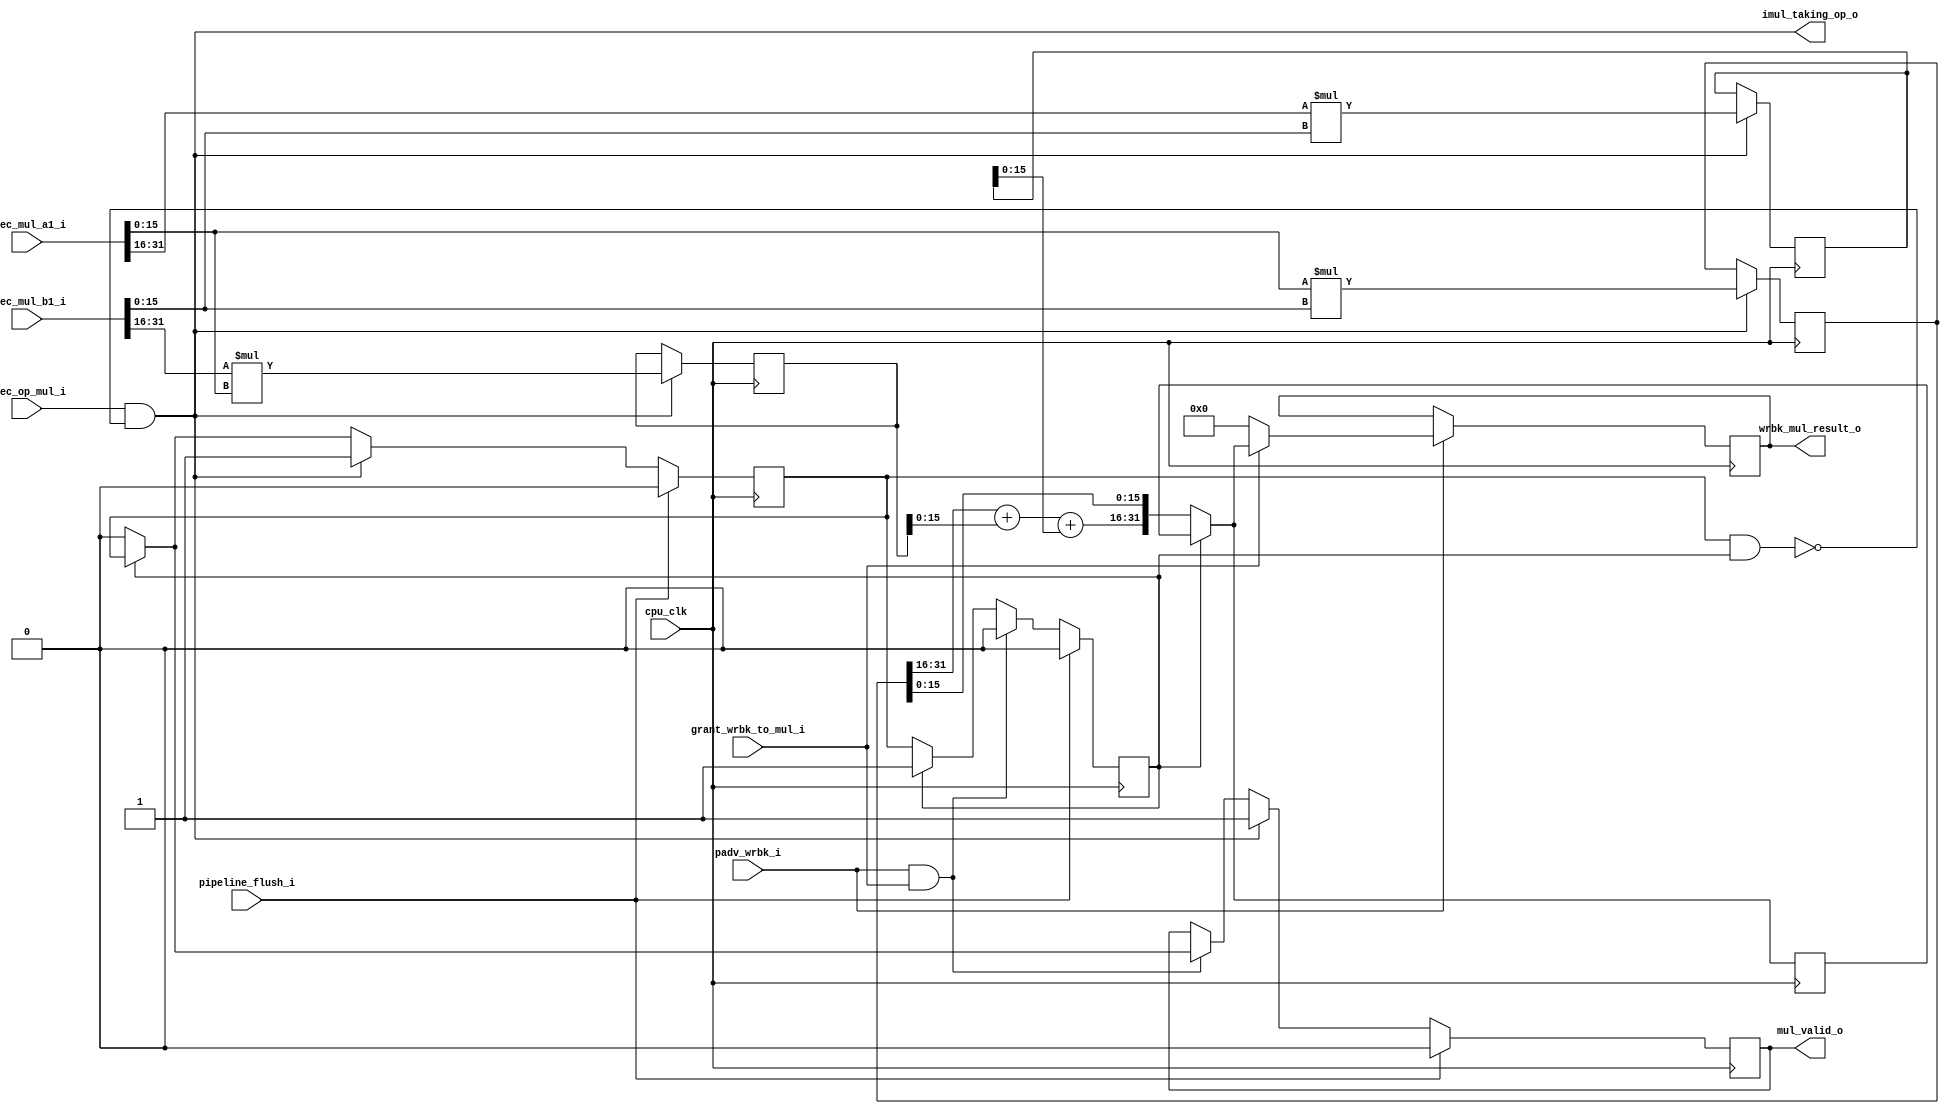
module or1k_marocchino_int_mul
#(
  parameter OPTION_OPERAND_WIDTH = 32
)
(
  // clocks and resets
  input                                 cpu_clk,

  // pipeline control signal in
  input                                 pipeline_flush_i,
  input                                 padv_wrbk_i,
  input                                 grant_wrbk_to_mul_i,

  // input operands from  reservation station
  input      [OPTION_OPERAND_WIDTH-1:0] exec_mul_a1_i,
  input      [OPTION_OPERAND_WIDTH-1:0] exec_mul_b1_i,

  //  other inputs/outputs
  input                                 exec_op_mul_i,
  output                                imul_taking_op_o,
  output reg                            mul_valid_o,
  output reg [OPTION_OPERAND_WIDTH-1:0] wrbk_mul_result_o
);

  localparam MULDW  = OPTION_OPERAND_WIDTH; // short name
  localparam MULHDW = (OPTION_OPERAND_WIDTH >> 1);

  // algorithm:
  //   AlBl[dw-1:0] = A[hdw-1:0] * B[hdw-1:0];
  //   AhBl[dw-1:0] = A[dw-1:hdw] * B[hdw-1:0];
  //   BhAl[dw-1:0] = B[dw-1:hdw] * A[hdw-1:0];
  //   Sum[dw-1:0]  = {BhAl[hdw-1:0],{hdw{0}}} +
  //                  {AhBl[hdw-1:0],{hdw{0}}} +
  //                  AlBl;

  // multiplier controls
  //  ## multiplier stage ready flags
  reg    mul_s1_rdy;
  reg    wrbk_mul_miss_r;
  //  ## stage busy signals
  wire   mul_s1_busy = mul_s1_rdy & wrbk_mul_miss_r;
  //  ## stage advance signals
  wire   mul_adv_s1  = exec_op_mul_i & ~mul_s1_busy;

  // integer multiplier is taking operands
  assign imul_taking_op_o = mul_adv_s1;


  // stage #1
  // --- split input operands ---
  wire [MULHDW-1:0] s1t_mul_al = exec_mul_a1_i[MULHDW-1:0];
  wire [MULHDW-1:0] s1t_mul_bl = exec_mul_b1_i[MULHDW-1:0];
  wire [MULHDW-1:0] s1t_mul_ah = exec_mul_a1_i[MULDW-1:MULHDW];
  wire [MULHDW-1:0] s1t_mul_bh = exec_mul_b1_i[MULDW-1:MULHDW];
  // --- output partial products ---
  reg  [MULDW-1:0] s1o_mul_albl;
  reg  [MULDW-1:0] s1o_mul_bhal;
  reg  [MULDW-1:0] s1o_mul_ahbl;
  //  registering
  always @(posedge cpu_clk) begin
    if (mul_adv_s1) begin
      s1o_mul_albl <= s1t_mul_al * s1t_mul_bl;
      s1o_mul_bhal <= s1t_mul_bh * s1t_mul_al;
      s1o_mul_ahbl <= s1t_mul_ah * s1t_mul_bl;
    end
  end // @clock
  //  ready flag
  always @(posedge cpu_clk) begin
    if (pipeline_flush_i)
      mul_s1_rdy <= 1'b0;
    else if (mul_adv_s1)
      mul_s1_rdy <= 1'b1;
    else if (~wrbk_mul_miss_r)
      mul_s1_rdy <= 1'b0;
  end // @clock
  //  valid flag
  always @(posedge cpu_clk) begin
    if (pipeline_flush_i)
      mul_valid_o <= 1'b0;
    else if (mul_adv_s1)
      mul_valid_o <= 1'b1;
    else if (padv_wrbk_i & grant_wrbk_to_mul_i)
      mul_valid_o <= wrbk_mul_miss_r ? mul_s1_rdy : 1'b0;
  end // @clock


  // stage #2:
  //  --- add partial products ---
  wire [MULHDW-1:0] s2t_mul_acc;
  assign s2t_mul_acc = s1o_mul_albl[MULDW-1:MULHDW] +
                       s1o_mul_bhal[MULHDW-1:0] +
                       s1o_mul_ahbl[MULHDW-1:0];
  //  --- combine whole result ---
  wire [MULDW-1:0] s2t_mul_result = {s2t_mul_acc, s1o_mul_albl[MULHDW-1:0]};


  // padv-wrbk decoupling
  //  ## Write-Back-miss flag
  always @(posedge cpu_clk) begin
    if (pipeline_flush_i)
      wrbk_mul_miss_r <= 1'b0;
    else if (padv_wrbk_i & grant_wrbk_to_mul_i)
      wrbk_mul_miss_r <= 1'b0;
    else if (~wrbk_mul_miss_r)
      wrbk_mul_miss_r <= mul_s1_rdy;
  end // @clock
  //  ## Write-Back-miss pending result
  reg [MULDW-1:0] mul_result_p;
  // ---
  always @(posedge cpu_clk) begin
    if (~wrbk_mul_miss_r)
      mul_result_p <= s2t_mul_result;
  end // @clock
  //  Write-Back-registering
  wire [MULDW-1:0] mul_result_m = wrbk_mul_miss_r ? mul_result_p : s2t_mul_result;
  // ---
  always @(posedge cpu_clk) begin
    if (padv_wrbk_i) begin
      if (grant_wrbk_to_mul_i)
        wrbk_mul_result_o <= mul_result_m;
      else
        wrbk_mul_result_o <= {MULDW{1'b0}};
    end
  end // @clock

endmodule